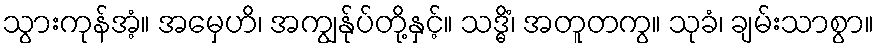
သွားကုန်အံ့။ အမှေဟိ၊ အကျွန်ုပ်တို့နှင့်။ သဒ္ဓိံ၊ အတူတကွ။ သုခံ၊ ချမ်းသာစွာ။